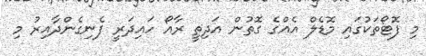
މި ފޮޓޯތަކުގައި މޮޑެލް އެއްގެ ގޮތުން އަދިތީ ރާއޯ ހައިދަރީ ފެނިގެންދާއިރު މި